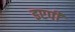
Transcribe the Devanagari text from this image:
इएपी